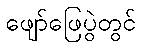
ဖျော်ဖြေပွဲတွင်